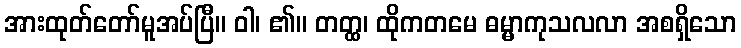
အားထုတ်တော်မူအပ်ပြီ။ ဝါ၊ ၏။ တတ္ထ၊ ထိုကတမေ ဓမ္မာကုသလလာ အစရှိသော